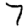
Digit: 7